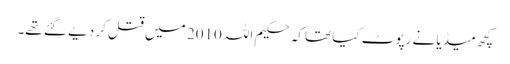
کچھ میڈیا نے رپوٹ کیا تھا کہ حکیم اللہ 2010 میں قتل کر دیے گئے تھے۔